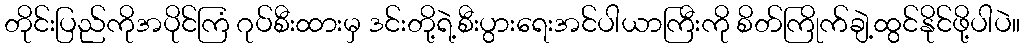
တိုင်းပြည်ကိုအပိုင်ကြံ ဂုပ်စီးထားမှ ဒင်းတို့ရဲ့စီးပွားရေးအင်ပါယာကြီးကို စိတ်ကြိုက်ချဲ့ထွင်နိုင်ဖို့ပါပဲ။